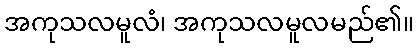
အကုသလမူလံ၊ အကုသလမူလမည်၏။